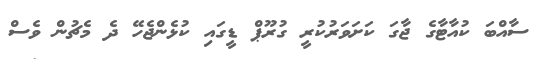
ސާއްބަ ކުއާޓާގެ ޖާގަ ކަށަވަރުކުރީ ގުރޫޕް ޑީގައި ކުޅެންޖެހޭ ދެ މެޗުން ވެސް